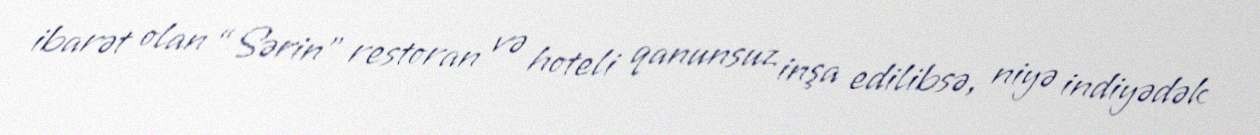
ibarət olan “Sərin” restoran və hoteli qanunsuz inşa edilibsə, niyə indiyədək